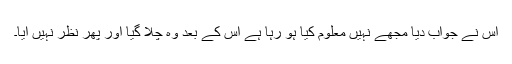
اس نے جواب دیا مجھے نہیں معلوم کیا ہو رہا ہے اس کے بعد وہ چلا گیا اور پھر نظر نہیں آیا۔